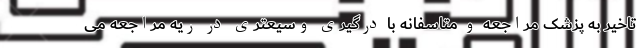
تاخیر به پزشک مراجعه و متاسفانه با درگیری وسیعتری در ریه مراجعه می